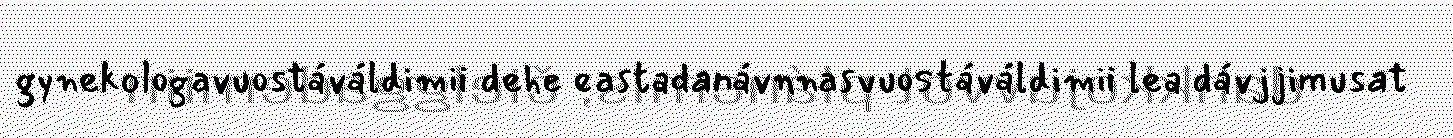
gynekologavuostáváldimii dehe eastadanávnnasvuostáváldimii lea dávjjimusat